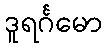
ဒူရင်္ဂမော